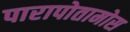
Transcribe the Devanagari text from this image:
पारापोतामोस